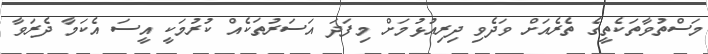
މަސްތުވާތަކެތީގެ ތެރެއަށް ވަދެވި ދިރިއުޅުމަށް މިފަދަ އަސަރުތަކެއް ކުރުމަކީ އީސަ އެކަމާ ދެރަވާ